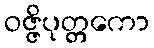
ဝဇ္ဇိပုတ္တကော